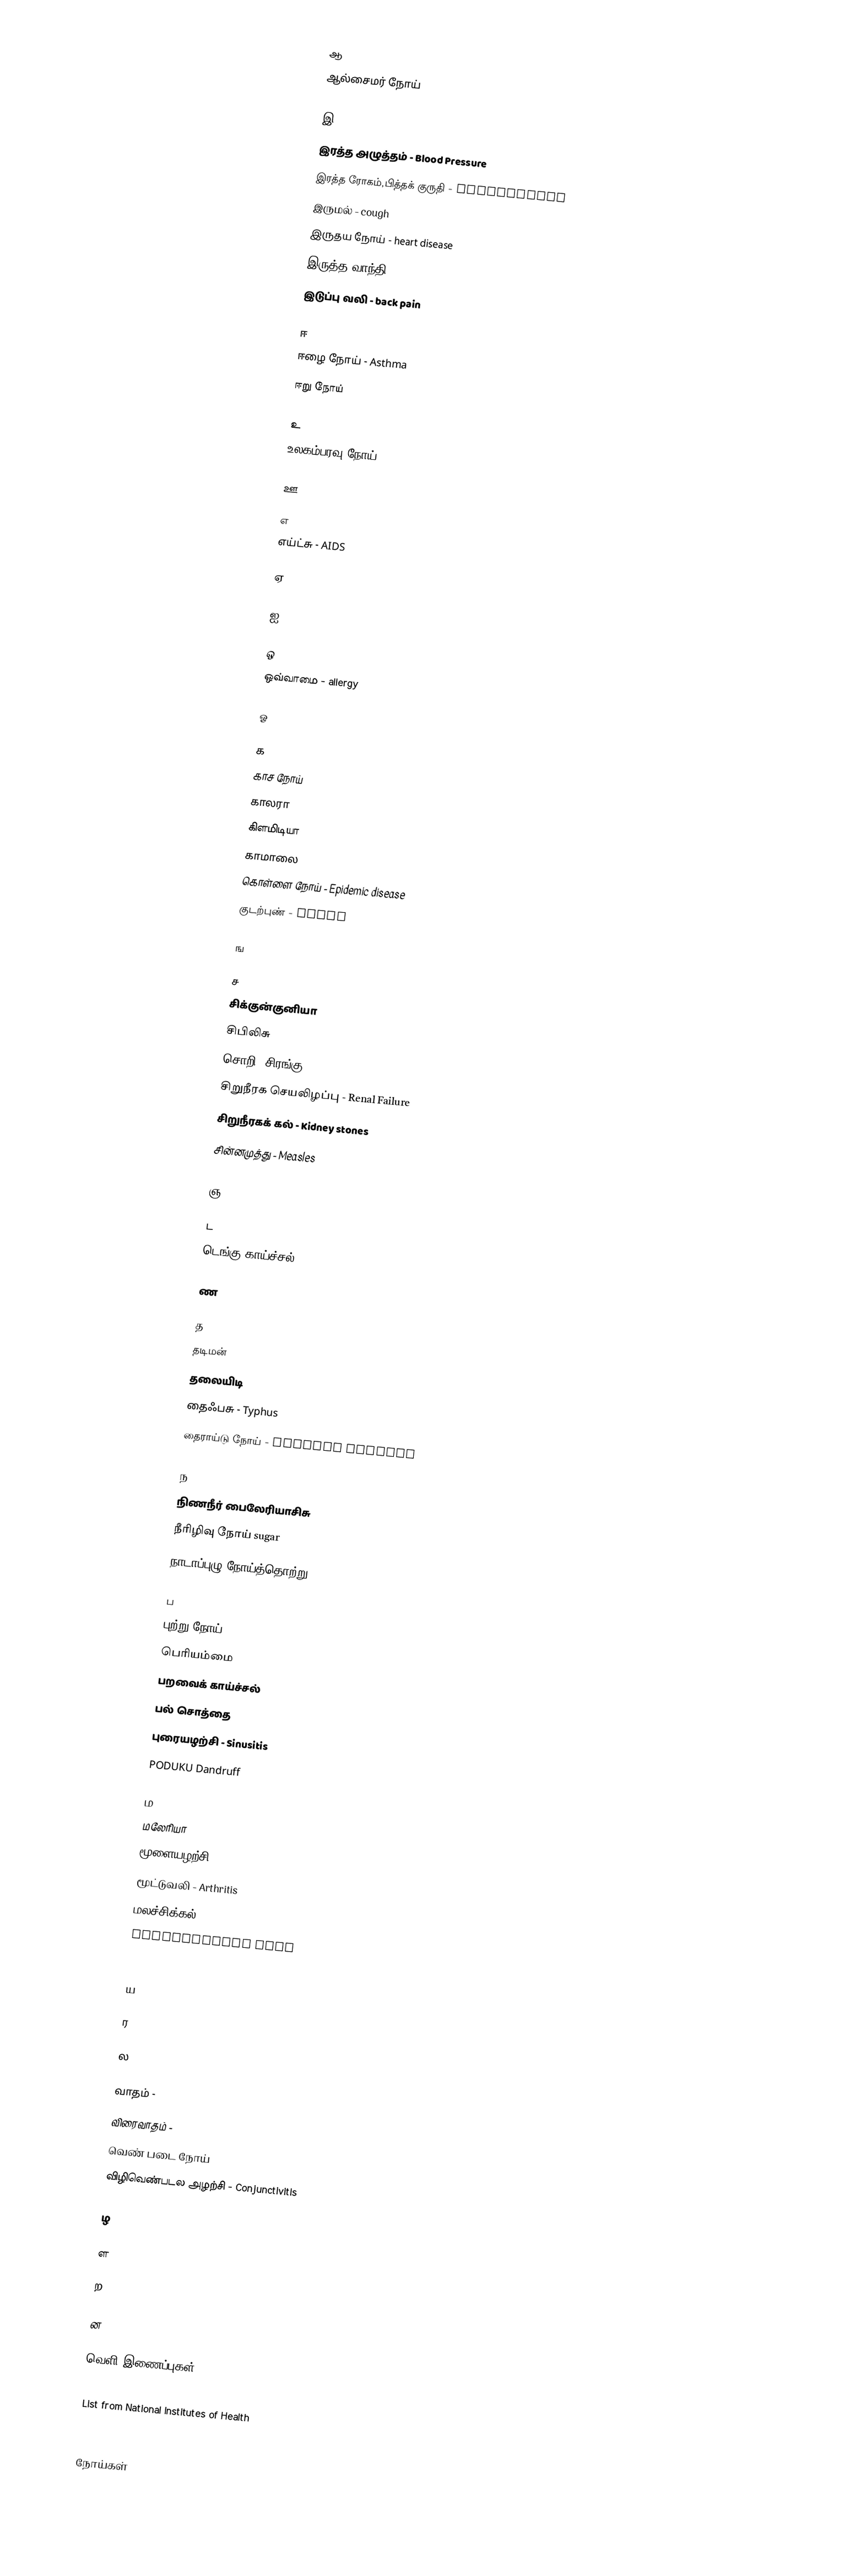
Communicable

ஆ
ஆல்சைமர் நோய்

இ
 இரத்த அழுத்தம் - Blood Pressure
 இரத்த ரோகம்,பித்தக் குருதி - haemorrhage
 இருமல் - cough
 இருதய நோய் - heart disease
 இருத்த வாந்தி - haematemesis
 இடுப்பு வலி - back pain

ஈ
 ஈழை நோய் - Asthma
 ஈறு நோய்

உ
 உலகம்பரவு நோய் - Pandemic disease

ஊ

எ
 எய்ட்சு - AIDS

ஏ

ஐ

ஒ
 ஒவ்வாமை - allergy

ஓ

க
 காச நோய்
 காலரா
 கிளமிடியா
 காமாலை
 கொள்ளை நோய் - Epidemic disease
 குடற்புண் - Ulcer

ங

ச
 சிக்குன்குனியா
 சிபிலிசு
 சொறி, சிரங்கு
 சிறுநீரக செயலிழப்பு - Renal Failure
 சிறுநீரகக் கல் - Kidney stones
 சின்னமுத்து - Measles

ஞ

ட
 டெங்கு காய்ச்சல்

ண

த
 தடிமன்
 தலையிடி
 தைஃபசு - Typhus
 தைராய்டு நோய் - Thyroid disease

ந
 நிணநீர் பைலேரியாசிசு
 நீரிழிவு நோய் sugar
 நாடாப்புழு நோய்த்தொற்று - Tapeworm infection

ப
 புற்று நோய் - cancer
 பெரியம்மை
 பறவைக் காய்ச்சல்
 பல் சொத்தை
 புரையழற்சி - Sinusitis
 PODUKU Dandruff

ம
 மலேரியா
 மூளையழற்சி - Meningitis
 மூட்டுவலி - Arthritis
 மலச்சிக்கல் - Constipation
 mullanthandu vali
((mucor))

ய

ர

ல

 வாதம் -
 விரைவாதம் -
 வெண் படை நோய்
 விழிவெண்படல அழற்சி - Conjunctivitis

ழ

ள

ற

ன

வெளி இணைப்புகள்
List  from Health on the Net Foundation, available in several languages
 List  from National Institutes of Health

நோய்கள்